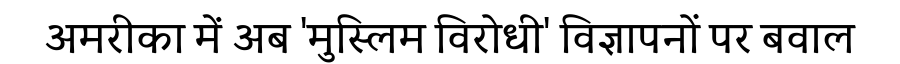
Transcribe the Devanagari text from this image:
अमरीका में अब 'मुस्लिम विरोधी' विज्ञापनों पर बवाल